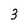
Character: 3